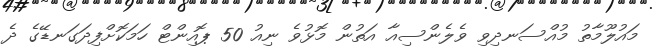
މައުލޫމާތު މުއްސަނދިވި ވެލެންސިއާ އަތުން މޮޅުވެ ނިއު 50 ޕޮއިންޓް ހަމަކޮށްފިދަގަނޑޭގެ ދެ